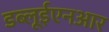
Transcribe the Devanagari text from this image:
डब्लूईएनआर